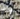
وذو